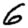
Digit: 6